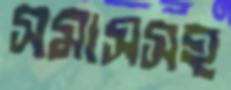
সমাসসহ